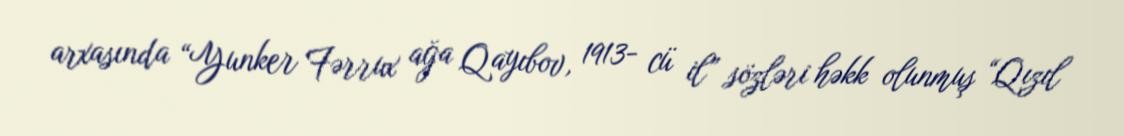
arxasında “Yunker Fərrux ağa Qayıbov, 1913- cü il” sözləri həkk olunmuş “Qızıl